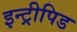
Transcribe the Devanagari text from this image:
इन्ट्रीपिड